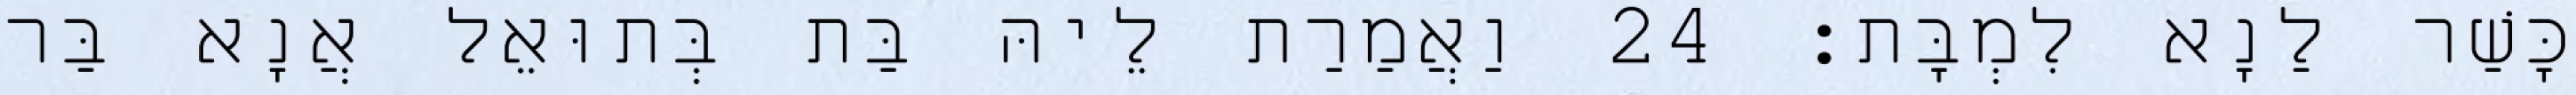
כָּשַׁר לַנָא לִמְבָּת׃ 24 וַאֲמַרַת לֵיהּ בַּת בְּתוּאֵל אֲנָא בַּר